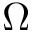
\Omega